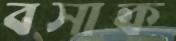
বসাক